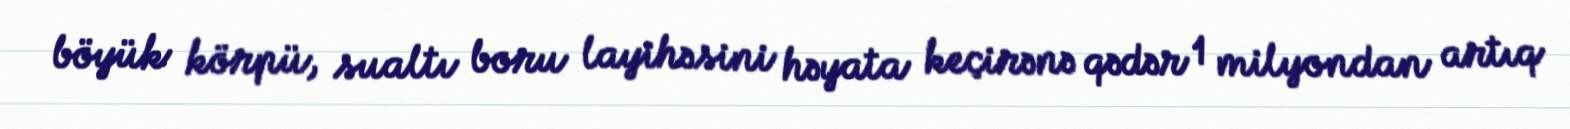
böyük körpü, sualtı boru layihəsini həyata keçirənə qədər 1 milyondan artıq